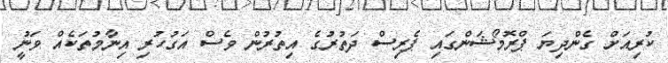
ކުރިއަށް ގެންދިޔަ ޕްރޮމޯޝަންގައި ޕެރިސް ދަތުރުގެ އިތުރުން ވެސް އަގުހުރި އިނާމުތަކެއް ވަނީު